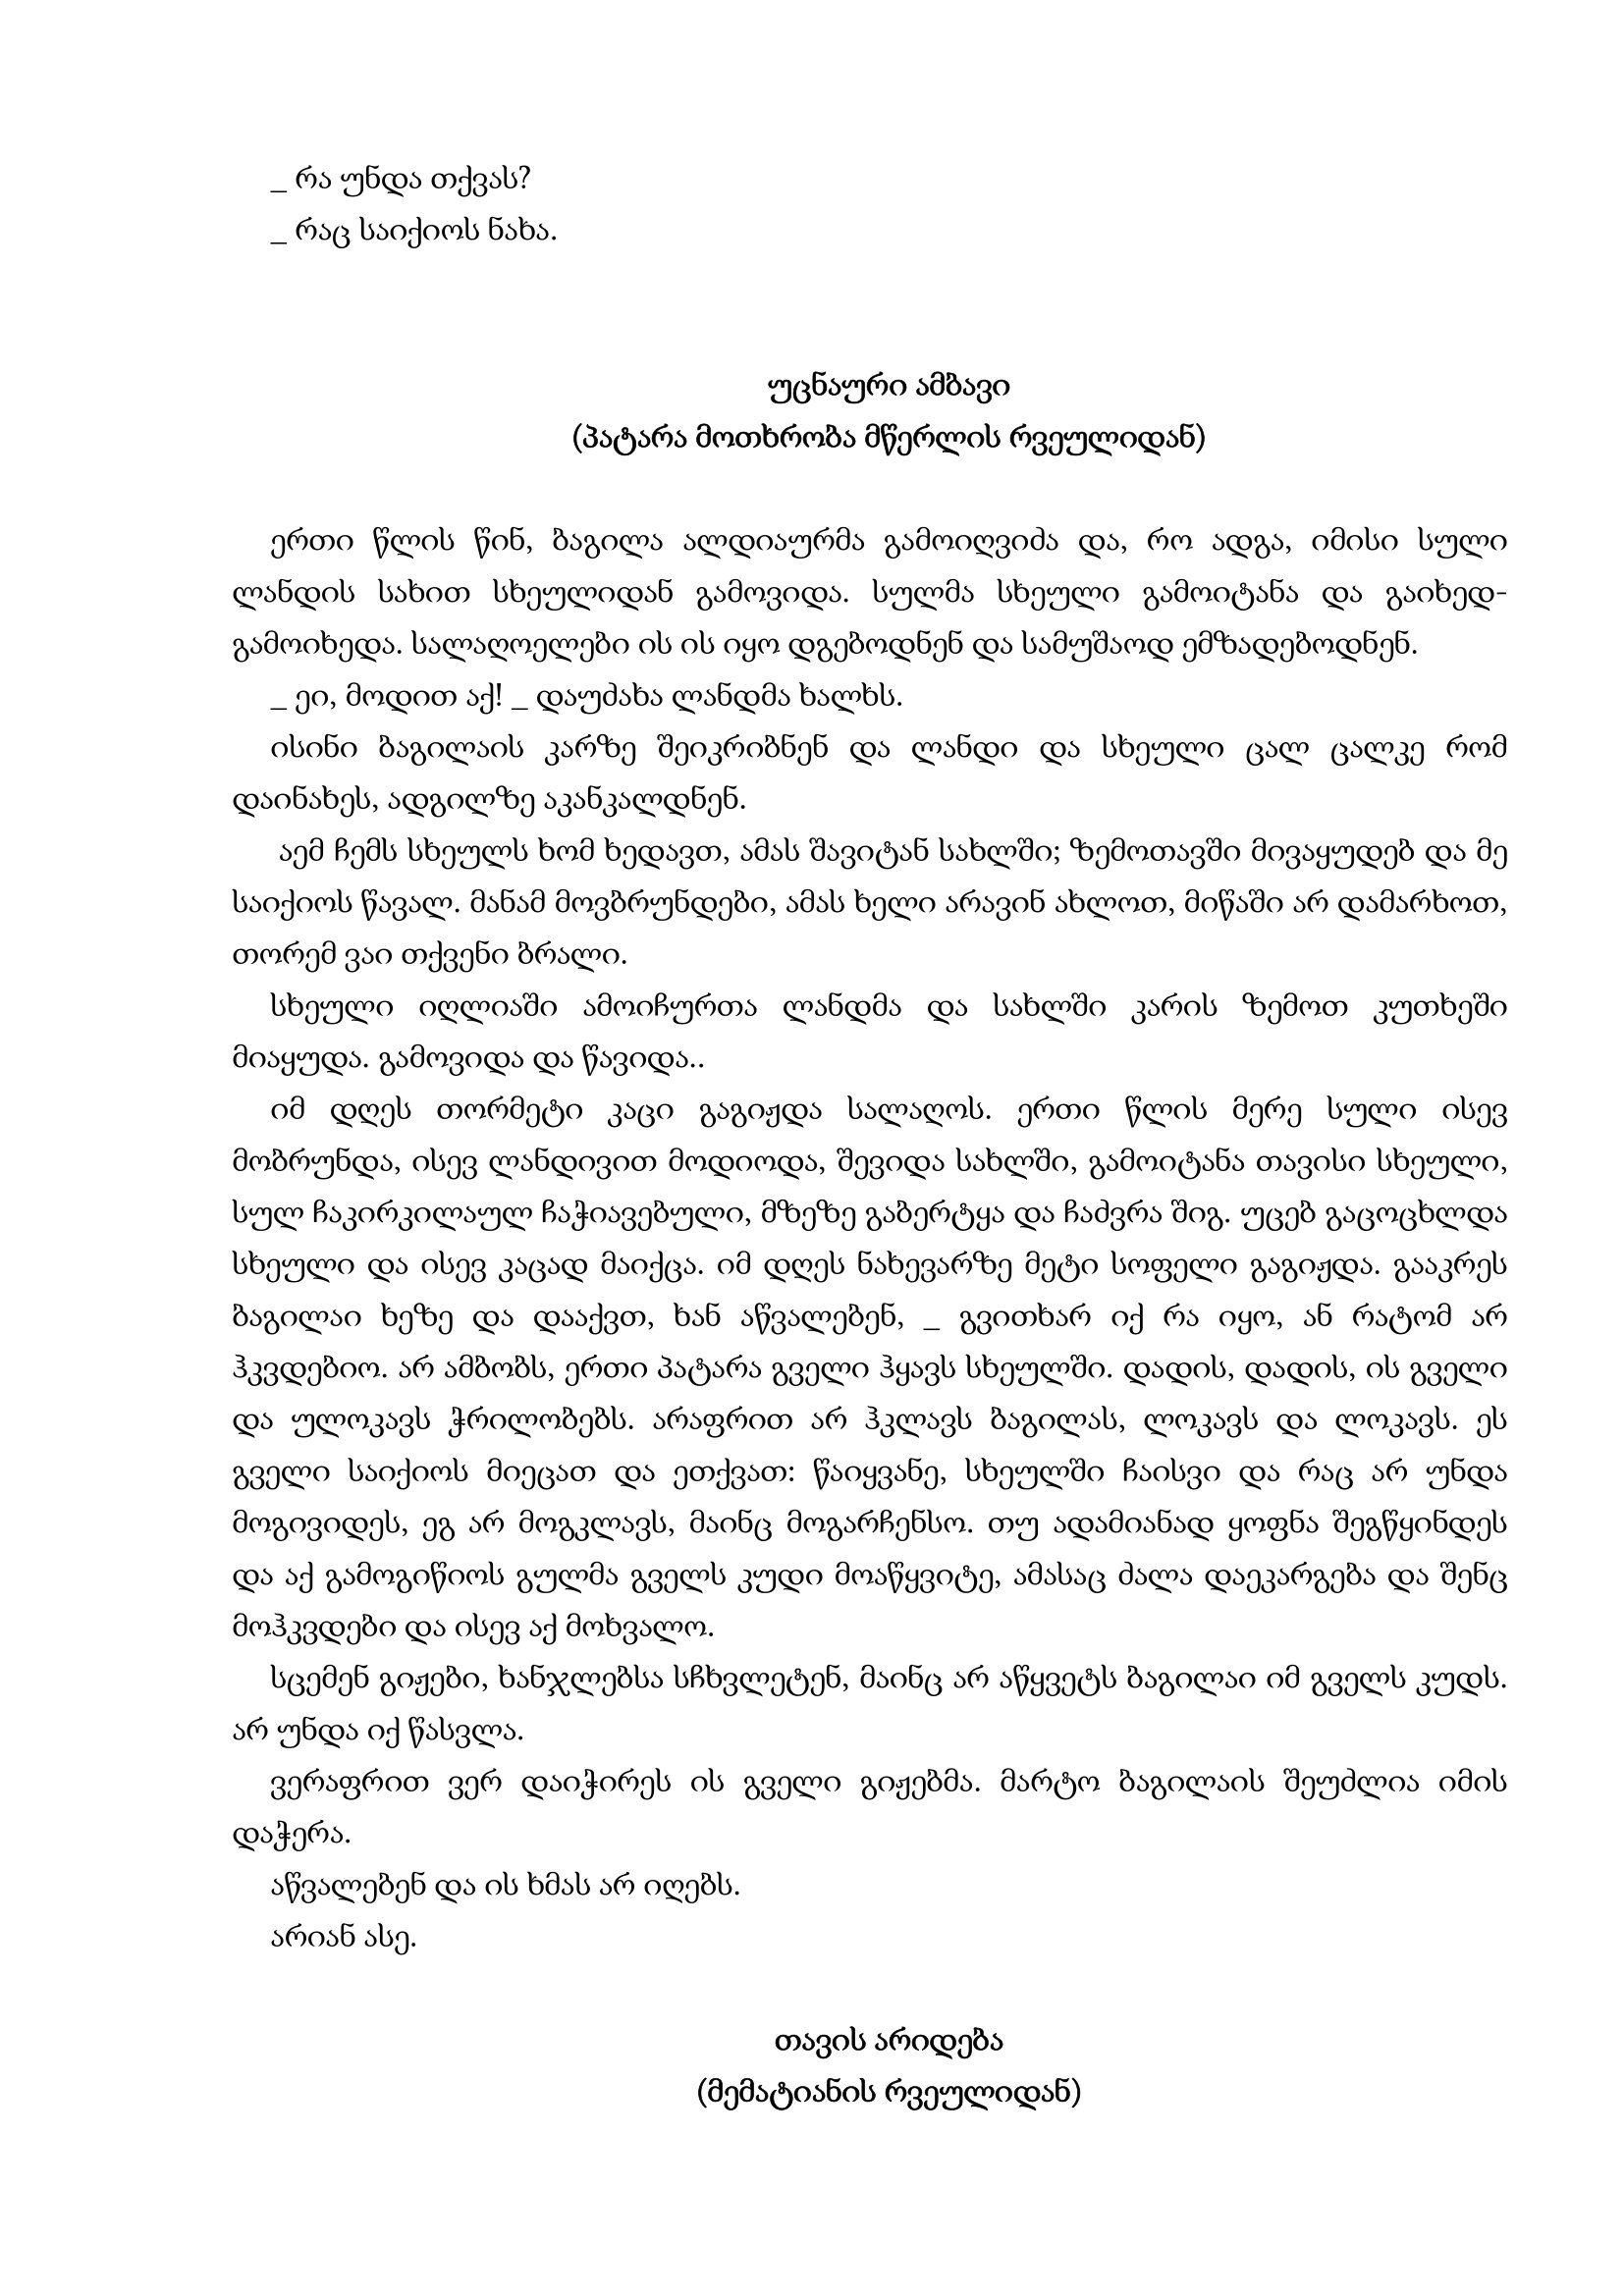
Language: gr